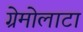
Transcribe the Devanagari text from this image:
ग्रेमोलाटा